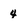
Character: 4